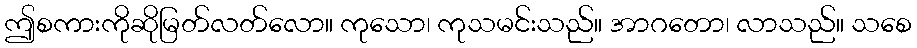
ဤစကားကိုဆိုမြတ်လတ်လော။ ကုသော၊ ကုသမင်းသည်။ အာဂတော၊ လာသည်။ သစေ